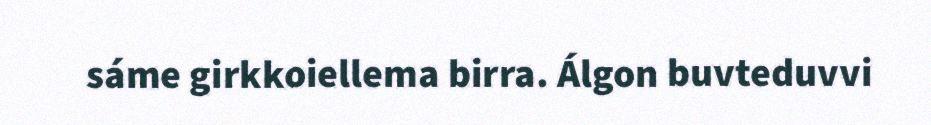
sáme girkkoiellema birra. Álgon buvteduvvi